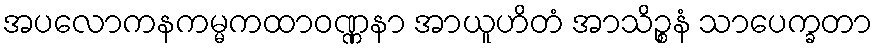
အပလောကနကမ္မကထာဝဏ္ဏနာ အာယူဟိတံ အာသိဉ္စနံ သာပေက္ခတာ